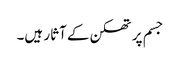
جسم پر تھکن کے آثار ہیں۔